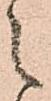
之